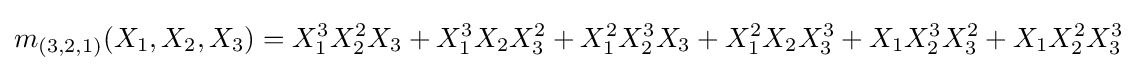
m_{(3,2,1)}(X_{1},X_{2},X_{3})=X_{1}^{3}X_{2}^{2}X_{3}+X_{1}^{3}X_{2}X_{3}^{2}+X_{1}^{2}X_{2}^{3}X_{3}+X_{1}^{2}X_{2}X_{3}^{3}+X_{1}X_{2}^{3}X_{3}^{2}+X_{1}X_{2}^{2}X_{3}^{3}